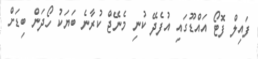
ފައިލް ފޮޓޯ އަައްޑޫގައި އުފެދޭ ކުނި މެނޭޖް ކުރާނެ ބަޔަކު ހޯދަން ބިޑަށް